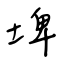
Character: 埤